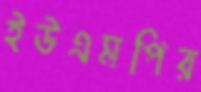
ইউএমপির